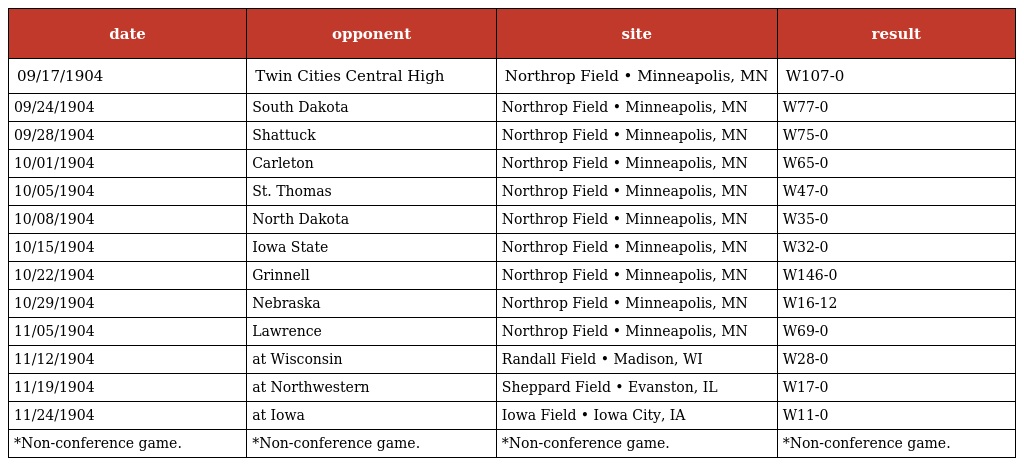
| date | opponent | site | result |
 | --- | --- | --- | --- |
 | 09/17/1904 | Twin Cities Central High | Northrop Field • Minneapolis, MN | W107-0 |
 | 09/24/1904 | South Dakota | Northrop Field • Minneapolis, MN | W77-0 |
 | 09/28/1904 | Shattuck | Northrop Field • Minneapolis, MN | W75-0 |
 | 10/01/1904 | Carleton | Northrop Field • Minneapolis, MN | W65-0 |
 | 10/05/1904 | St. Thomas | Northrop Field • Minneapolis, MN | W47-0 |
 | 10/08/1904 | North Dakota | Northrop Field • Minneapolis, MN | W35-0 |
 | 10/15/1904 | Iowa State | Northrop Field • Minneapolis, MN | W32-0 |
 | 10/22/1904 | Grinnell | Northrop Field • Minneapolis, MN | W146-0 |
 | 10/29/1904 | Nebraska | Northrop Field • Minneapolis, MN | W16-12 |
 | 11/05/1904 | Lawrence | Northrop Field • Minneapolis, MN | W69-0 |
 | 11/12/1904 | at Wisconsin | Randall Field • Madison, WI | W28-0 |
 | 11/19/1904 | at Northwestern | Sheppard Field • Evanston, IL | W17-0 |
 | 11/24/1904 | at Iowa | Iowa Field • Iowa City, IA | W11-0 |
 | *Non-conference game. | *Non-conference game. | *Non-conference game. | *Non-conference game. |